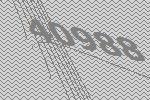
40988